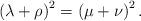
LaTeX: \begin{align*}\left(\lambda+\rho\right)^2=\left(\mu+\nu\right)^2.\end{align*}